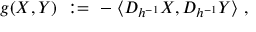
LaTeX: g ( X , Y ) \ : = \ - \; \langle D _ { h ^ { - 1 } } X , D _ { h ^ { - 1 } } Y \rangle \ ,